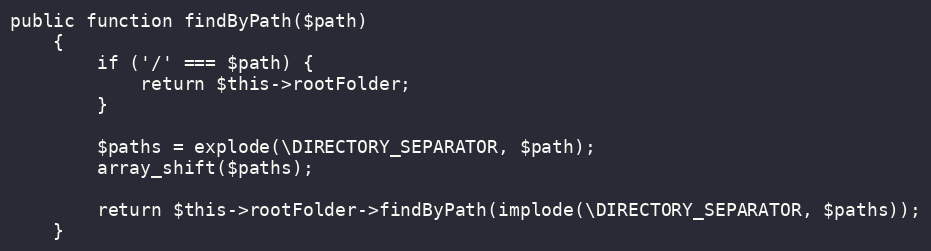
Language: PHP
public function findByPath($path)
    {
        if ('/' === $path) {
            return $this->rootFolder;
        }

        $paths = explode(\DIRECTORY_SEPARATOR, $path);
        array_shift($paths);

        return $this->rootFolder->findByPath(implode(\DIRECTORY_SEPARATOR, $paths));
    }